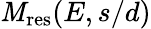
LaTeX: \mathit{M}_{\mathrm{{{res}}}}(E,s/d)